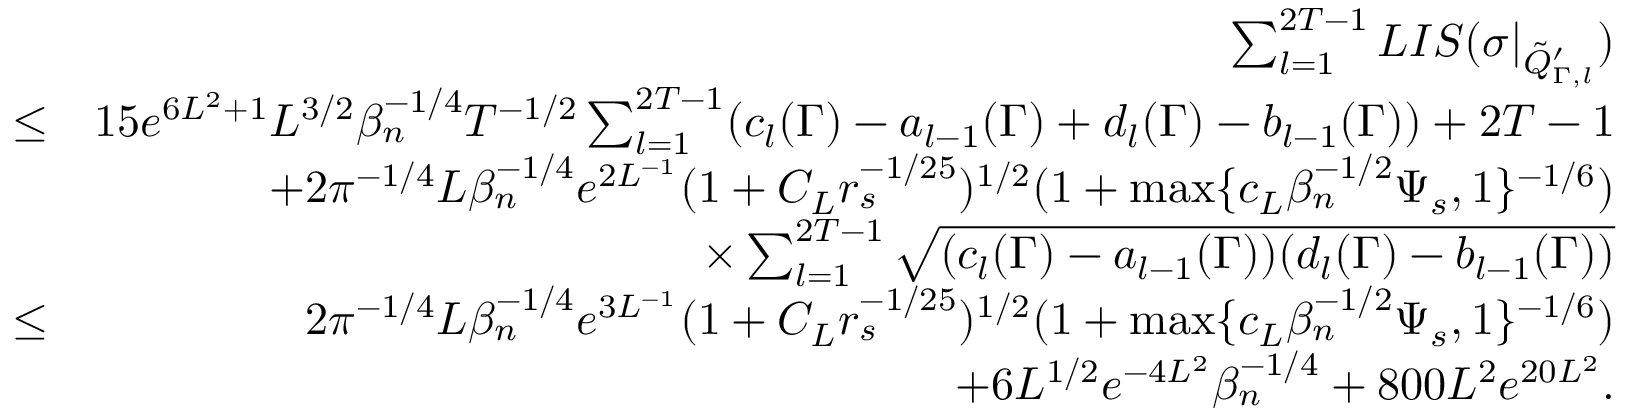
\begin{array} { r l r } & { } & { \sum _ { l = 1 } ^ { 2 T - 1 } L I S ( \sigma | _ { \tilde { Q } _ { \Gamma , l } ^ { \prime } } ) } \\ & { \leq } & { 1 5 e ^ { 6 L ^ { 2 } + 1 } L ^ { 3 \slash 2 } \beta _ { n } ^ { - 1 \slash 4 } T ^ { - 1 \slash 2 } \sum _ { l = 1 } ^ { 2 T - 1 } ( c _ { l } ( \Gamma ) - a _ { l - 1 } ( \Gamma ) + d _ { l } ( \Gamma ) - b _ { l - 1 } ( \Gamma ) ) + 2 T - 1 } \\ & { } & { + 2 \pi ^ { - 1 \slash 4 } L \beta _ { n } ^ { - 1 \slash 4 } e ^ { 2 L ^ { - 1 } } ( 1 + C _ { L } r _ { s } ^ { - 1 \slash 2 5 } ) ^ { 1 \slash 2 } ( 1 + \operatorname* { m a x } \{ c _ { L } \beta _ { n } ^ { - 1 \slash 2 } \Psi _ { s } , 1 \} ^ { - 1 \slash 6 } ) } \\ & { } & { \quad \times \sum _ { l = 1 } ^ { 2 T - 1 } \sqrt { ( c _ { l } ( \Gamma ) - a _ { l - 1 } ( \Gamma ) ) ( d _ { l } ( \Gamma ) - b _ { l - 1 } ( \Gamma ) ) } } \\ & { \leq } & { 2 \pi ^ { - 1 \slash 4 } L \beta _ { n } ^ { - 1 \slash 4 } e ^ { 3 L ^ { - 1 } } ( 1 + C _ { L } r _ { s } ^ { - 1 \slash 2 5 } ) ^ { 1 \slash 2 } ( 1 + \operatorname* { m a x } \{ c _ { L } \beta _ { n } ^ { - 1 \slash 2 } \Psi _ { s } , 1 \} ^ { - 1 \slash 6 } ) } \\ & { } & { + 6 L ^ { 1 \slash 2 } e ^ { - 4 L ^ { 2 } } \beta _ { n } ^ { - 1 \slash 4 } + 8 0 0 L ^ { 2 } e ^ { 2 0 L ^ { 2 } } . } \end{array}